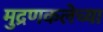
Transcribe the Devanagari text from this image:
मुद्रणकलेच्या